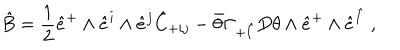
LaTeX: \hat { B } = \frac { 1 } { 2 } \hat { e } ^ { + } \wedge \hat { e } ^ { i } \wedge \hat { e } ^ { j } \hat { C } _ { + i j } - \bar { \theta } \Gamma _ { + \hat { I } } D \theta \wedge \hat { e } ^ { + } \wedge \hat { e } ^ { \hat { I } } ~ ,